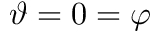
\vartheta = 0 = \varphi